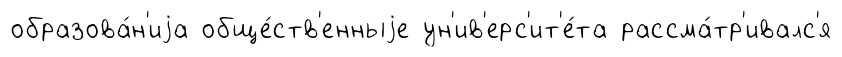
образова́н'иjа обще́ств'енныjе ун'ив'ерс'ит'е́та рассма́тр'ивалс'я